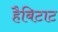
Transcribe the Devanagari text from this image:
हैबिटाट